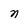
Character: n